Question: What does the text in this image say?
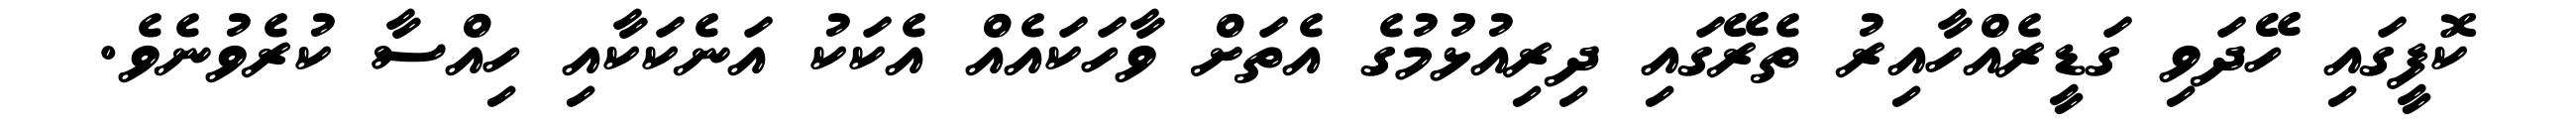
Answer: ކޮފީގައި ހޭދަވި ގަޑީރެއްހާއިރު ތެރޭގައި ދިރިއުޅުމުގެ އެތަށް ވާހަކައެއް އެކަކު އަނެކަކާއި ހިއްސާ ކުރެވުނެވެ.